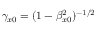
{ \gamma _ { x 0 } = ( 1 - \beta _ { x 0 } ^ { 2 } ) ^ { - 1 / 2 } }